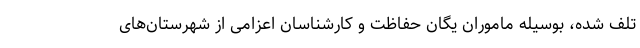
تلف شده، بوسیله ماموران یگان حفاظت و کارشناسان اعزامی از شهرستان‌های